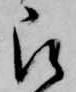
被